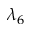
\lambda _ { 6 }